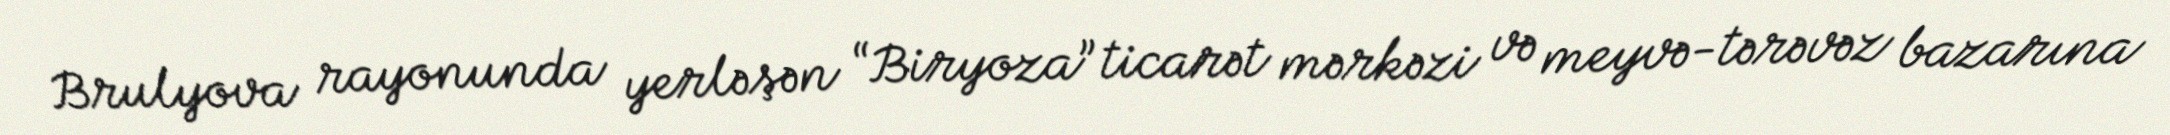
Brulyova rayonunda yerləşən “Biryoza” ticarət mərkəzi və meyvə-tərəvəz bazarına